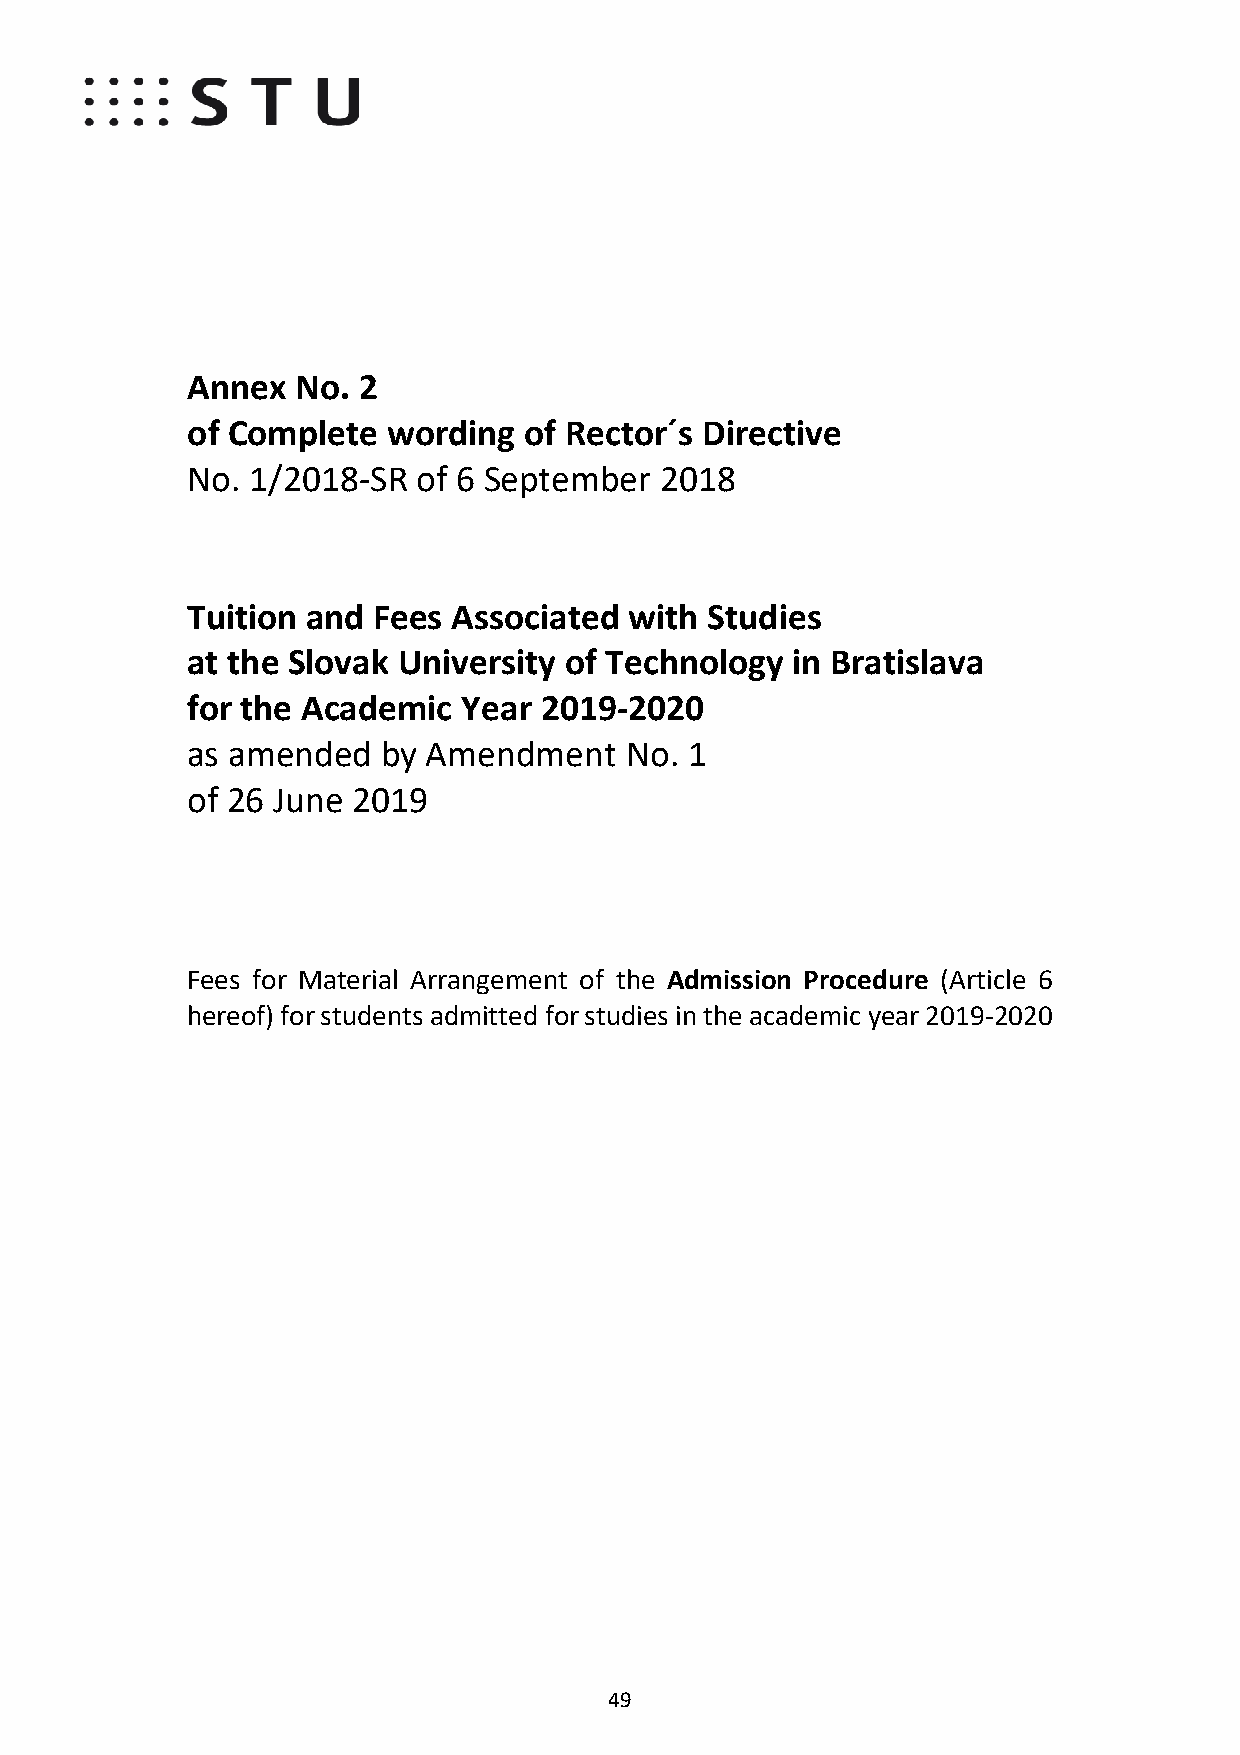
Annex   No. 2
 of Complete   wording  of Rector´s Directive
 No.  1/2018-SR  of 6 September  2018
 Tuition and  Fees Associated  with Studies
 at the Slovak University of Technology  in Bratislava
 for the Academic   Year 2019-2020
 as amended   by Amendment    No.  1
 of 26 June 2019
 Fees for Material Arrangement of the Admission Procedure (Article 6
 hereof) for students admitted for studies in the academic year 2019-2020
 49